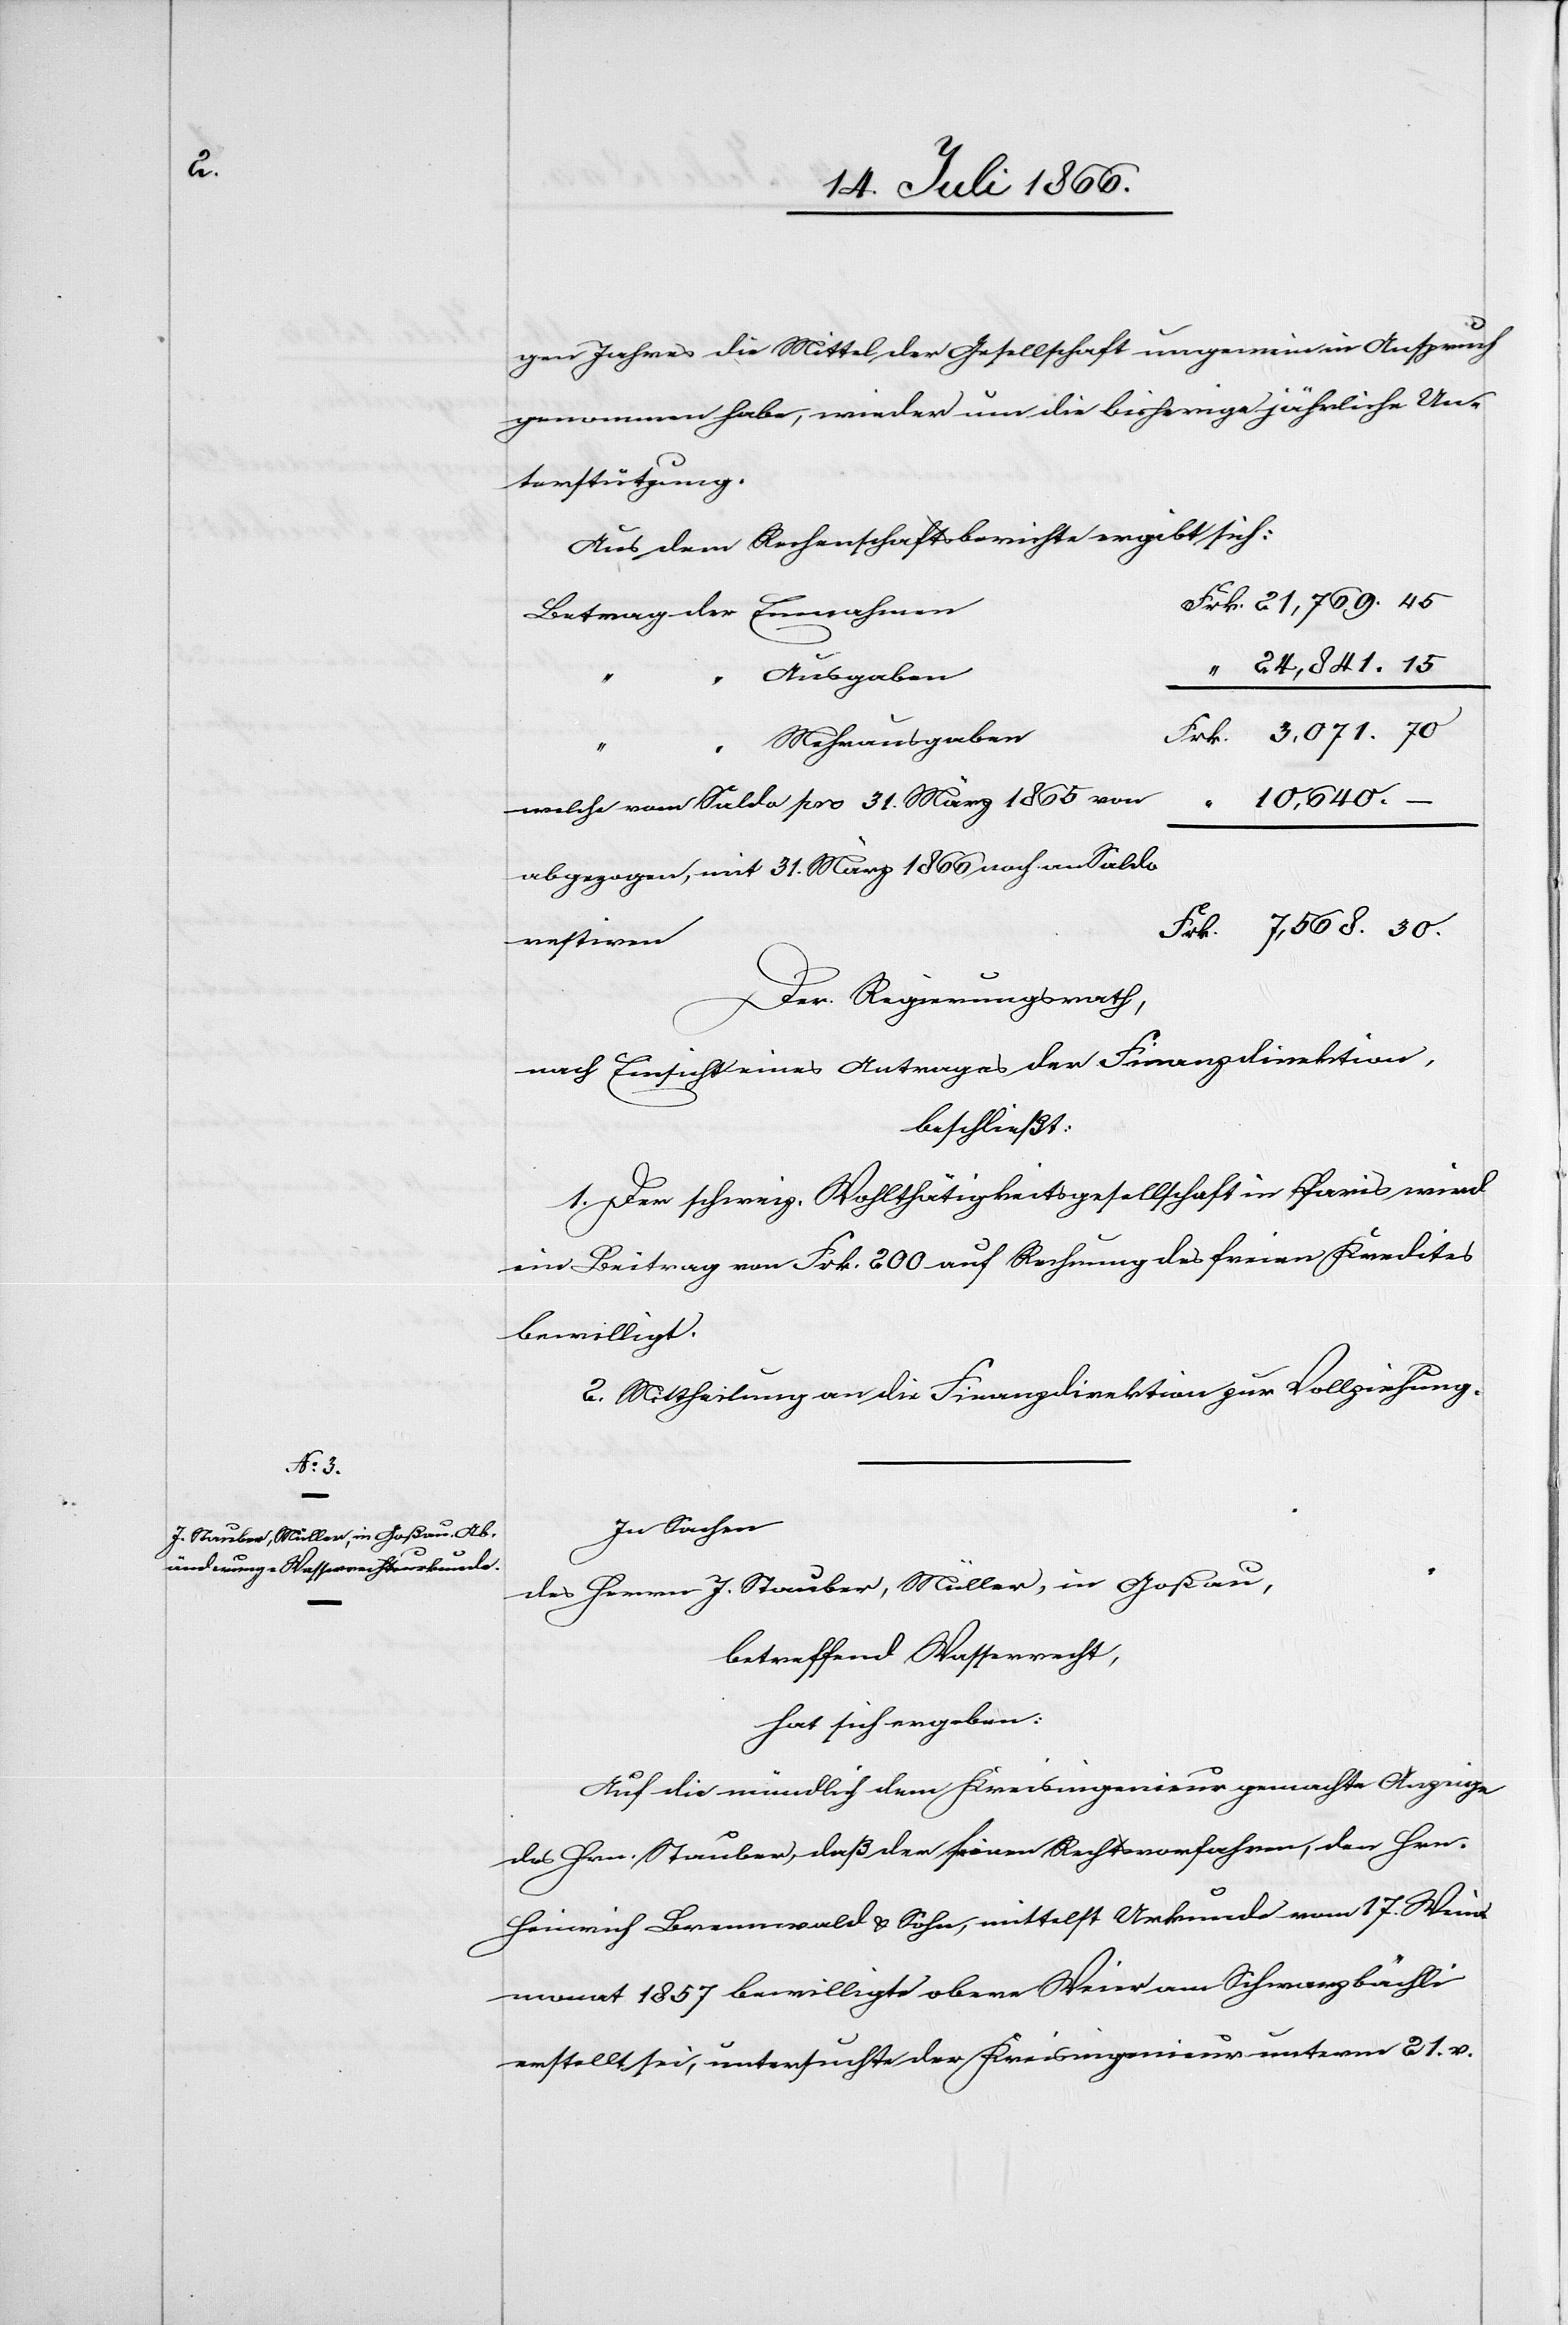
gen Jahres die Mittel der Gesellschaft ungemein in Anspruch
genommen habe, wieder um die bisherige jährliche Un¬
terstützung.
Aus dem Rechenschaftsberichte ergibt sich:
Ausgaben
“
Mehrausgaben
24
welche vom Saldo pro 31. März 1865 von
abgezogen, mit 31. März 1866 noch an Saldo
restiren
Der Regierungsrath,
nach Einsicht eines Antrages der Finanzdirektion,
beschließt:
1. Der schweiz. Wohlthätigkeitsgesellschaft in Paris wird
ein Beitrag von Frk. 200 auf Rechnung des freien Kredites
bewilligt.
2. Mittheilung an die Finanzdirektion zur Vollziehung.
In Sachen
des Herrn J. Stauber, Müller, in Goßau,
betreffend Wasserrecht,
hat sich ergeben:
Auf die mündlich dem Kreisingenieur gemachte Anzeige,
des Hrn. Stauber, daß der seinen Rechtsnachfahren, dem Hrn.
Heinrich Brennwald u. Söhne, mittelst Urkunde vom 17. Wei¬
nmonat 1857 bewilligte obere Weier am Schwanzbächli
erstellt sei, untersuchte der Kreisingenieur unterm 21. v.